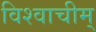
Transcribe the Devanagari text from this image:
विश्वाचीम्